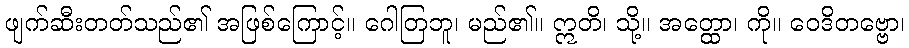
ဖျက်ဆီးတတ်သည်၏ အဖြစ်ကြောင့်။ ဂေါတြဘူ၊ မည်၏။ ဣတိ၊ သို့။ အတ္ထော၊ ကို။ ဝေဒိတဗ္ဗော၊